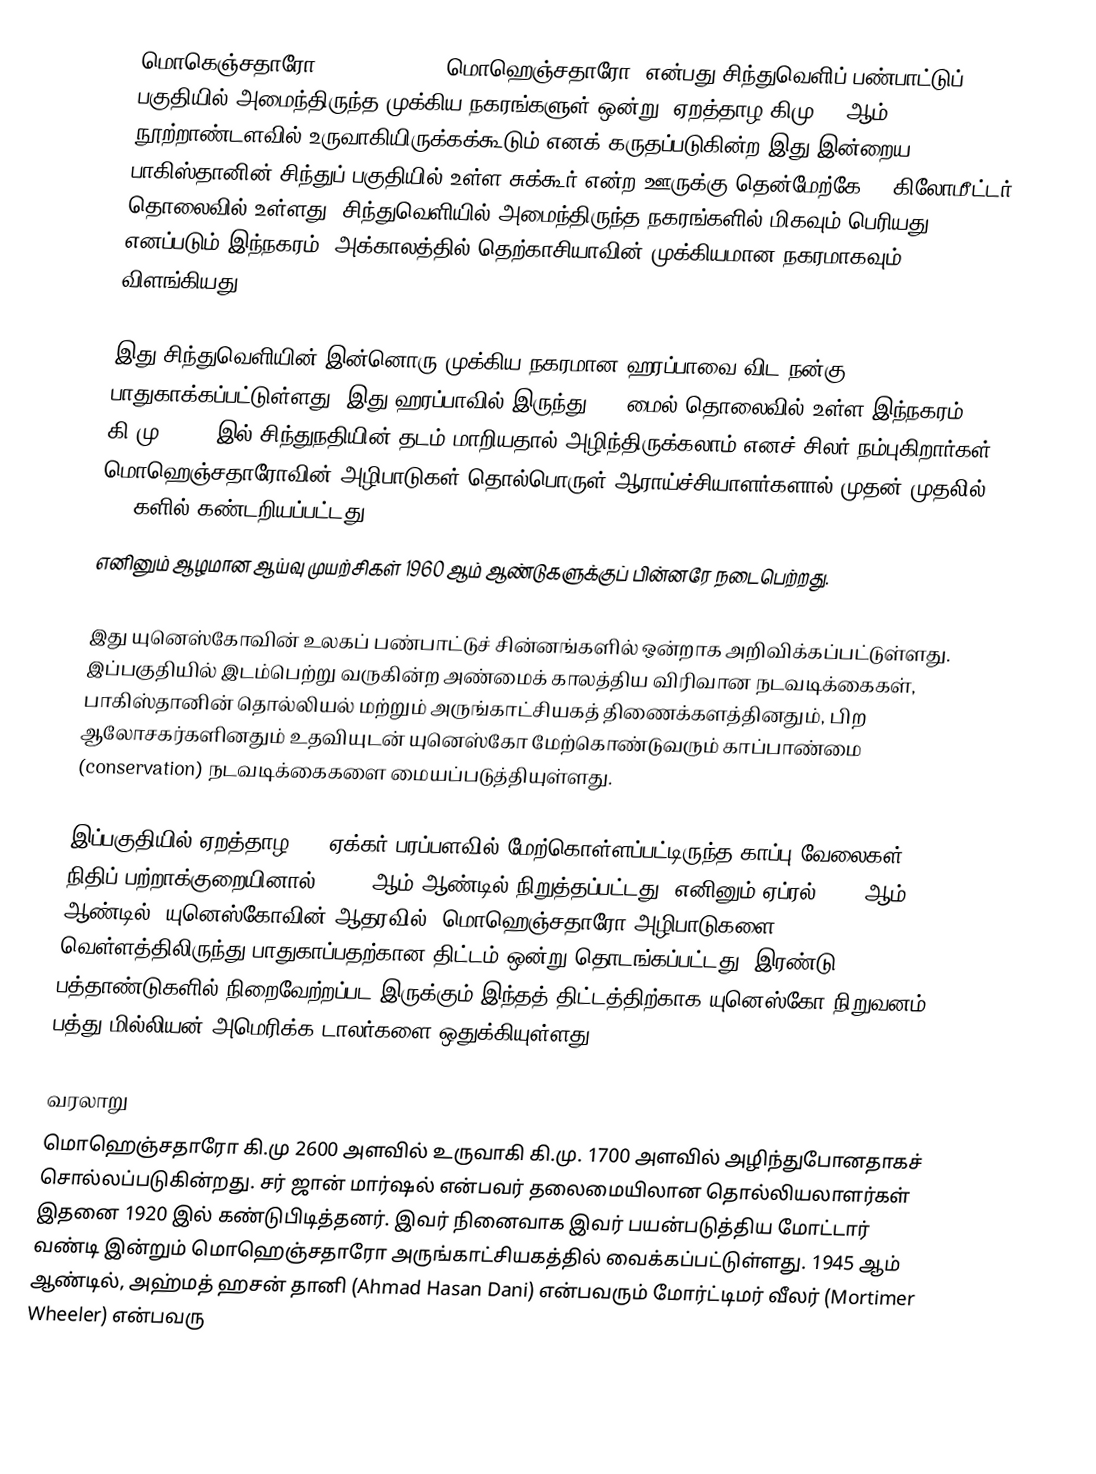
மொகெஞ்சதாரோ (Mohenjo-daro, மொஹெஞ்சதாரோ) என்பது சிந்துவெளிப் பண்பாட்டுப் பகுதியில் அமைந்திருந்த முக்கிய நகரங்களுள் ஒன்று. ஏறத்தாழ கிமு 26 ஆம் நூற்றாண்டளவில் உருவாகியிருக்கக்கூடும் எனக் கருதப்படுகின்ற இது இன்றைய பாகிஸ்தானின் சிந்துப் பகுதியில் உள்ள சுக்கூர் என்ற ஊருக்கு தென்மேற்கே 80 கிலோமீட்டர் தொலைவில் உள்ளது. சிந்துவெளியில் அமைந்திருந்த நகரங்களில் மிகவும் பெரியது எனப்படும் இந்நகரம், அக்காலத்தில் தெற்காசியாவின் முக்கியமான நகரமாகவும் விளங்கியது.

இது சிந்துவெளியின் இன்னொரு முக்கிய நகரமான ஹரப்பாவை விட நன்கு பாதுகாக்கப்பட்டுள்ளது. இது ஹரப்பாவில் இருந்து 400 மைல் தொலைவில் உள்ள இந்நகரம் கி.மு. 1700-இல் சிந்துநதியின் தடம் மாறியதால் அழிந்திருக்கலாம் எனச் சிலர் நம்புகிறார்கள். மொஹெஞ்சதாரோவின் அழிபாடுகள் தொல்பொருள் ஆராய்ச்சியாளர்களால் முதன் முதலில் 1920களில் கண்டறியப்பட்டது.
எனினும் ஆழமான ஆய்வு முயற்சிகள் 1960 ஆம் ஆண்டுகளுக்குப் பின்னரே நடைபெற்றது.

இது யுனெஸ்கோவின் உலகப் பண்பாட்டுச் சின்னங்களில் ஒன்றாக அறிவிக்கப்பட்டுள்ளது. இப்பகுதியில் இடம்பெற்று வருகின்ற அண்மைக் காலத்திய விரிவான நடவடிக்கைகள், பாகிஸ்தானின் தொல்லியல் மற்றும் அருங்காட்சியகத் திணைக்களத்தினதும், பிற ஆலோசகர்களினதும் உதவியுடன் யுனெஸ்கோ மேற்கொண்டுவரும் காப்பாண்மை (conservation) நடவடிக்கைகளை மையப்படுத்தியுள்ளது.

இப்பகுதியில் ஏறத்தாழ 500 ஏக்கர் பரப்பளவில் மேற்கொள்ளப்பட்டிருந்த காப்பு வேலைகள், நிதிப் பற்றாக்குறையினால், 1997 ஆம் ஆண்டில் நிறுத்தப்பட்டது. எனினும் ஏப்ரல் 1997 ஆம் ஆண்டில், யுனெஸ்கோவின் ஆதரவில், மொஹெஞ்சதாரோ அழிபாடுகளை வெள்ளத்திலிருந்து பாதுகாப்பதற்கான திட்டம் ஒன்று தொடங்கப்பட்டது. இரண்டு பத்தாண்டுகளில் நிறைவேற்றப்பட இருக்கும் இந்தத் திட்டத்திற்காக யுனெஸ்கோ நிறுவனம் பத்து மில்லியன் அமெரிக்க டாலர்களை ஒதுக்கியுள்ளது.

வரலாறு
மொஹெஞ்சதாரோ கி.மு 2600 அளவில் உருவாகி கி.மு. 1700 அளவில் அழிந்துபோனதாகச் சொல்லப்படுகின்றது. சர் ஜான் மார்ஷல் என்பவர் தலைமையிலான தொல்லியலாளர்கள் இதனை 1920 இல் கண்டுபிடித்தனர். இவர் நினைவாக இவர் பயன்படுத்திய மோட்டார் வண்டி இன்றும் மொஹெஞ்சதாரோ அருங்காட்சியகத்தில் வைக்கப்பட்டுள்ளது. 1945 ஆம் ஆண்டில், அஹ்மத் ஹசன் தானி (Ahmad Hasan Dani) என்பவரும் மோர்ட்டிமர் வீலர் (Mortimer Wheeler) என்பவரு